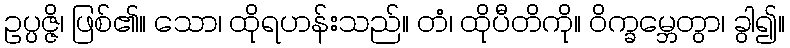
ဥပ္ပဇ္ဇိ၊ ဖြစ်၏။ သော၊ ထိုရဟန်းသည်။ တံ၊ ထိုပီတိကို။ ဝိက္ခမ္ဘေတွာ၊ ခွါ၍။